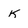
Character: K